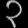
Digit: ၃